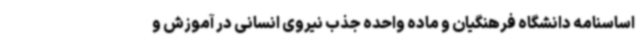
اساسنامه دانشگاه فرهنگیان و ماده واحده جذب نیروی انسانی در آموزش و